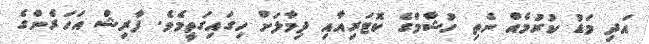
އަދި މަޑު ކުރުމެއް ނެތި ހުޝާމްގެ ކޮޓަރިއާއި ދިމާލަށް ހިގައިގަތީމެވެ. ފާރިޝް އަހަރެންގެ